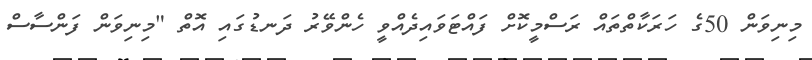
މިނިވަން 50ގެ ހަރަކާތްތައް ރަސްމީކޮށް ފައްޓަވައިދެއްވީ ހެންވޭރު ދަނޑުގައި އޮތް "މިނިވަން ފަންސާސް